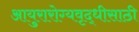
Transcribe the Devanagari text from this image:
आयुरारोग्यवृद्धीसाठी